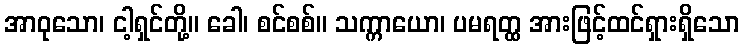
အာဝုသော၊ ငါ့ရှင်တို့။ ခေါ၊ စင်စစ်။ သက္ကာယော၊ ပမရတ္ထ အားဖြင့်ထင်ရှားရှိသော